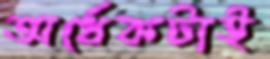
অর্ধেকটাই